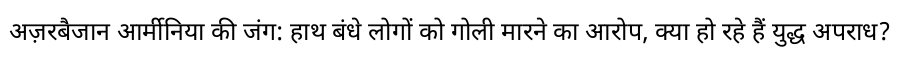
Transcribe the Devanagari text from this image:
अज़रबैजान आर्मीनिया की जंग: हाथ बंधे लोगों को गोली मारने का आरोप, क्या हो रहे हैं युद्ध अपराध?